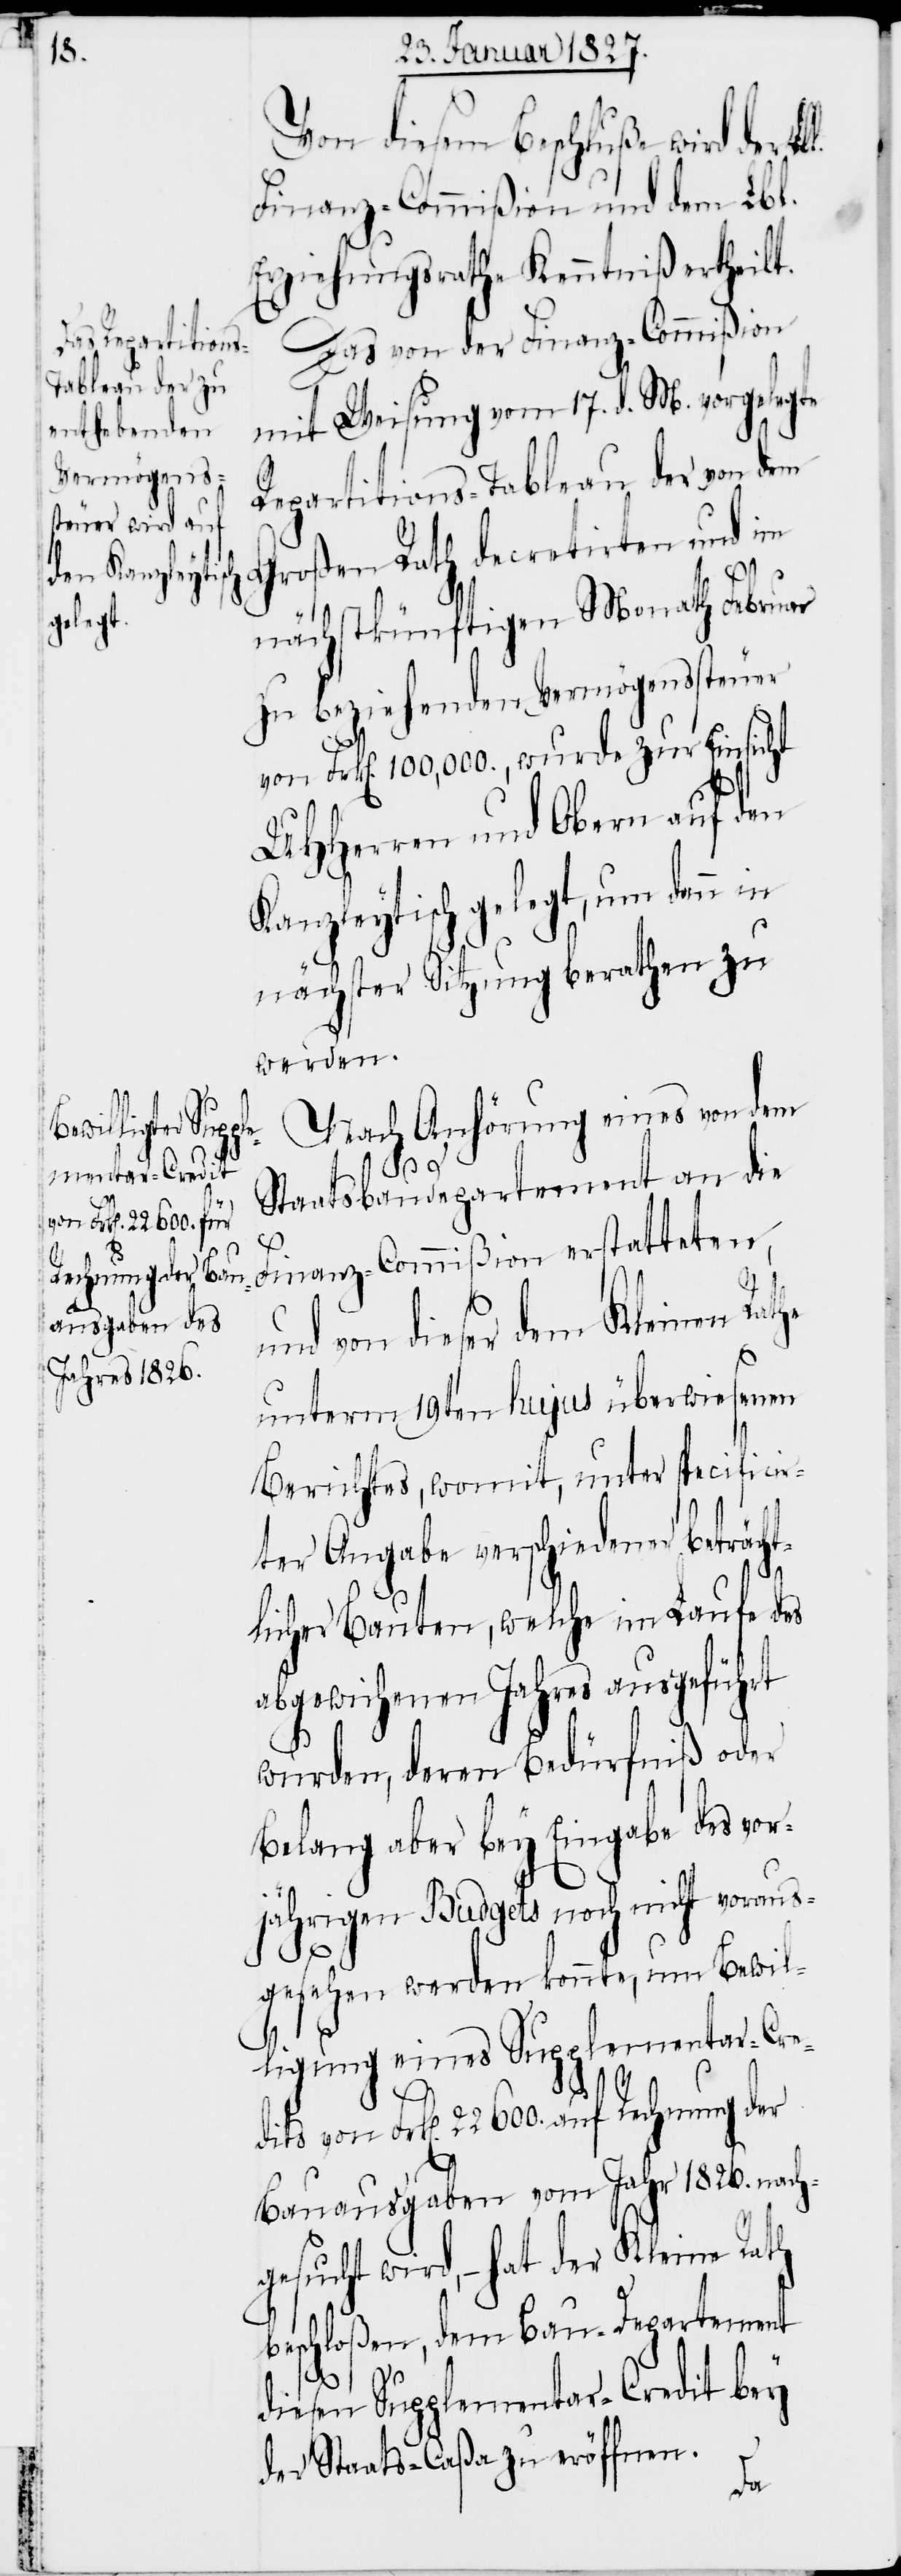
the

Von diesem Beschluße wird der Lb¬
Finanz-Commißion und dem Lbl.
Erziehungsrathe Kenntniß gegeben.
Das von der Finanz-Commißion
mit Weisung vom 17. d. M. vorgelegte
Repartitions-Tableau der von dem
Großen Rath decretirten und im
nächstkünftigen Monath Februar
zu beziehenden Vermögenssteuer
von Frk[en]. 100,000., wurde zur Einsicht
UHHerren und Obern auf den
Kanzleytisch gelegt, um dann in
nächster Sitzung berathen zu
werden.
Nach Anhörung eines von dem
Staatsbaudepartement an die
Finanz-Commißion erstatteten,
und von dieser dem Kleinen Ra¬
unterm 19ten hujus überwiesenen
Berichtes, womit, unter specificir¬
ter Angabe verschiedener beträcht¬
licher Bauten, welche im Laufe des
abgewichenen Jahres ausgeführt
wurden, deren Bedürfniß oder
Belang aber bey Eingabe des vor¬
jährigen Budgets noch nicht voraus¬
gesehen werden konnte, um Bewil¬
ligung eines Supplementar-Cre¬
dits von Frk[en]. 22600. auf Rechnung der
Bauausgaben vom Jahr 1826. nach¬
gesucht wird, – hat der Kleine Rath
beschloßen, dem Bau-Departement
diesen Supplementar-Credit bey
der Staats-Caßa zu eröffnen.